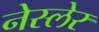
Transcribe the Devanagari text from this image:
नेस्लेर